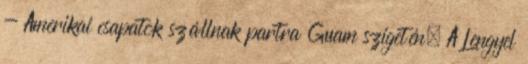
- Amerikai csapatok szállnak partra Guam szigetén. A Lengyel